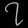
Digit: ၇